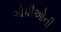
ગોપીઓની